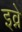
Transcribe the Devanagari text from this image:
इव्ने